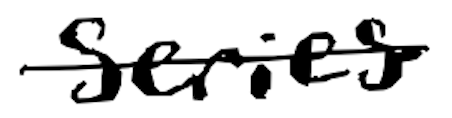
Text: series
Cross-out: single-line
Writing tool: digital_black